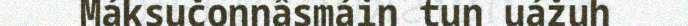
Máksučonnâsmáin tun uážuh